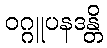
ဝဂ္ဂူပနဒန္တိ